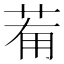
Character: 𦯞